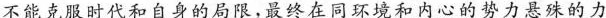
不能克服时代和自身的局限，最终在同环境和内心的势力悬殊的力